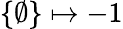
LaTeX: \{ \emptyset\} \mapsto-1